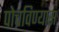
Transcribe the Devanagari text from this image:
पोचविण्यास